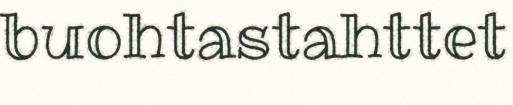
buohtastahttet